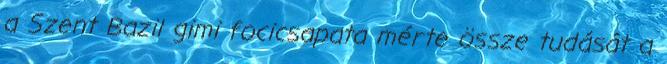
a Szent Bazil gimi focicsapata mérte össze tudását a